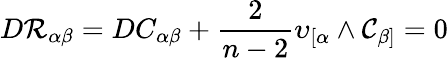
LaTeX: D\mathcal{R}_{\alpha\beta}=DC_{\alpha\beta}+\frac{{2}}{{n-2}}\upsilon_{[\alpha}\land\mathcal{{C}}_{\beta]}=0